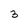
Character: 3